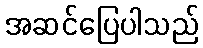
အဆင်ပြေပါသည်